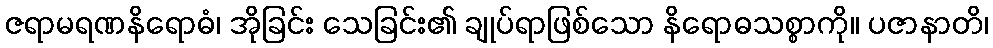
ဇရာမရဏနိရောဓံ၊ အိုခြင်း သေခြင်း၏ ချုပ်ရာဖြစ်သော နိရောဓသစ္စာကို။ ပဇာနာတိ၊